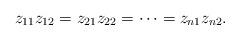
LaTeX: \begin{align*}z_{11}z_{12}=z_{21}z_{22}=\cdots =z_{n1}z_{n2}.\end{align*}